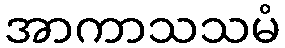
အာကာသသမံ